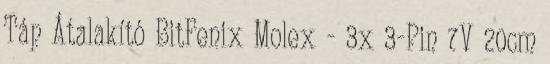
Táp Átalakító BitFenix Molex - 3x 3-Pin 7V 20cm